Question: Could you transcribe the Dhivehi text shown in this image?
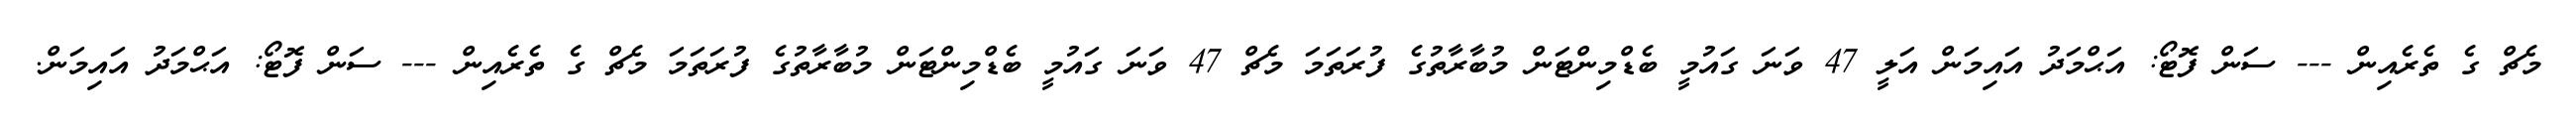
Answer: މެޗް ގެ ތެރެއިން --- ސަން ފޮޓޯ: އަޙްމަދު އައިމަން އަލީ 47 ވަނަ ގައުމީ ބެޑްމިންޓަން މުބާރާތުގެ ފުރަތަމަ މެޗް 47 ވަނަ ގައުމީ ބެޑްމިންޓަން މުބާރާތުގެ ފުރަތަމަ މެޗް ގެ ތެރެއިން --- ސަން ފޮޓޯ: އަޙްމަދު އައިމަން.